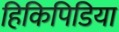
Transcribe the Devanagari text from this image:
हिकिपिडिया